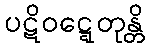
ပဋိဝဋ္ဋေတုန္တိ